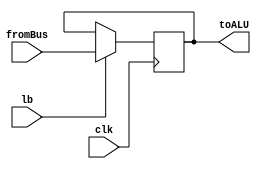
module B_SAP
	(
		input clk, lb,
		input [7 : 0] fromBus,
		output reg [7 : 0] toALU
	);

	always @ (posedge clk)
		if(lb) toALU <= fromBus;
endmodule